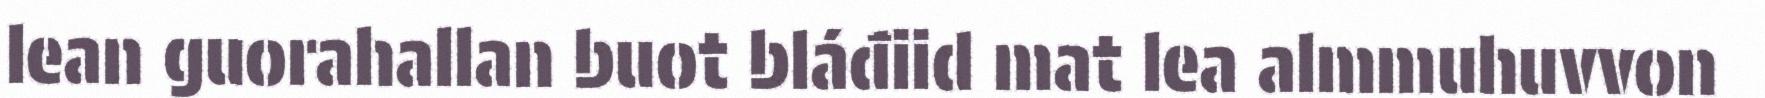
lean guorahallan buot bláđiid mat lea almmuhuvvon